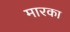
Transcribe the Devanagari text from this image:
मारका